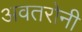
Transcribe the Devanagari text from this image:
अवतरोनी